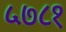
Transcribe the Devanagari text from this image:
५७८१